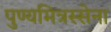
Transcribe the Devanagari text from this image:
पुण्यमित्रस्सेना